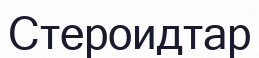
Стероидтар